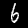
Label: 6